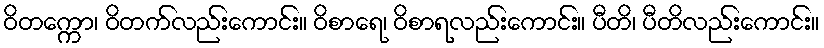
ဝိတက္ကော၊ ဝိတက်လည်းကောင်း။ ဝိစာရေ၊ ဝိစာရလည်းကောင်း။ ပီတိ၊ ပီတိလည်းကောင်း။